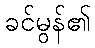
ခင်မွန်၏